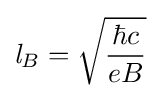
{\mathit {l}}_{B}={\sqrt {\hbar c \over eB}}